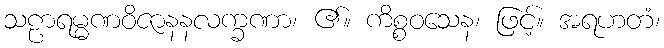
သဠာရမ္မဏဝိဇာနနလက္ခဏာ၊ ၏။ ကိစ္စဝသေန၊ ဖြင့်။ အရဟတံ၊